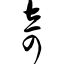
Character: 奇